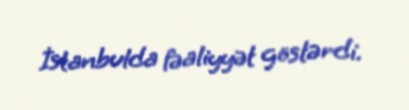
İstanbulda fəaliyyət göstərdi.